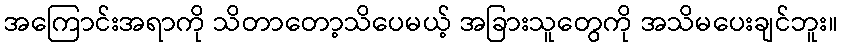
အကြောင်းအရာကို သိတာတော့သိပေမယ့် အခြားသူတွေကို အသိမပေးချင်ဘူး။